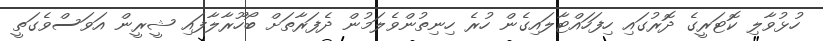
ހުޅުވާލި ކޮޓަރީގެ ދޮރުގައި ހިފަހައްޓާލައިގެން ހުރެ ހިނިތުންވެލަމުން ދެފަރާތަށް ބޯހޫރާލާފައި ޝީރީން އަވަސްވެގަތީ